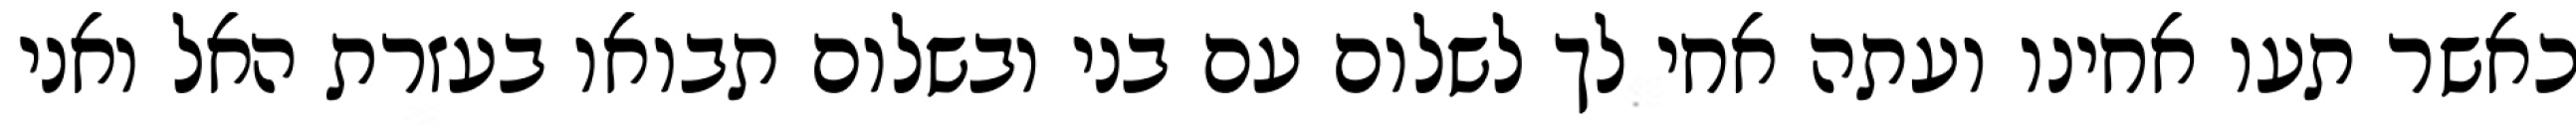
כאשר תעו אחינו ועתה אחי לך לשלום עם בני ובשלום תבואו בעזרת האל ואני